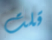
قلت